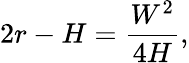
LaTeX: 2r-H={\frac{W^{2}}{4H}},